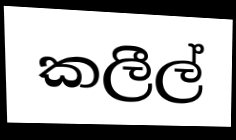
කලීල්